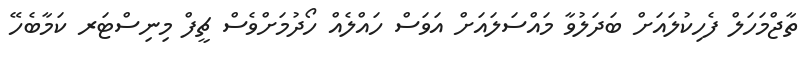
ތާޖްމަހަލް ފެހިކުލައަށް ބަދަލުވާ މައްސަލައަށް އަވަސް ހައްލެއް ހޯދުމަށްވެސް ޗީފް މިނިސްޓަރ ކަމާބެހޭ